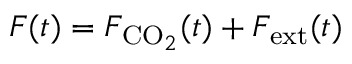
F ( t ) = F _ { \mathrm { C O } _ { 2 } } ( t ) + F _ { \mathrm { e x t } } ( t )